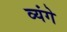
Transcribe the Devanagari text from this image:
व्यंगे